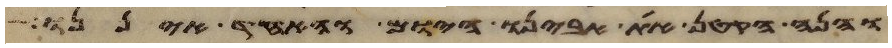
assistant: והנה הקטן את אבינו היום והאחד איננו